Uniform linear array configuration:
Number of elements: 48
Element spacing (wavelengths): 0.75
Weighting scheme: hamming
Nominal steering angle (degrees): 30
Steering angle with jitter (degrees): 28.513
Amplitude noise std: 0.05
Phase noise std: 0.05

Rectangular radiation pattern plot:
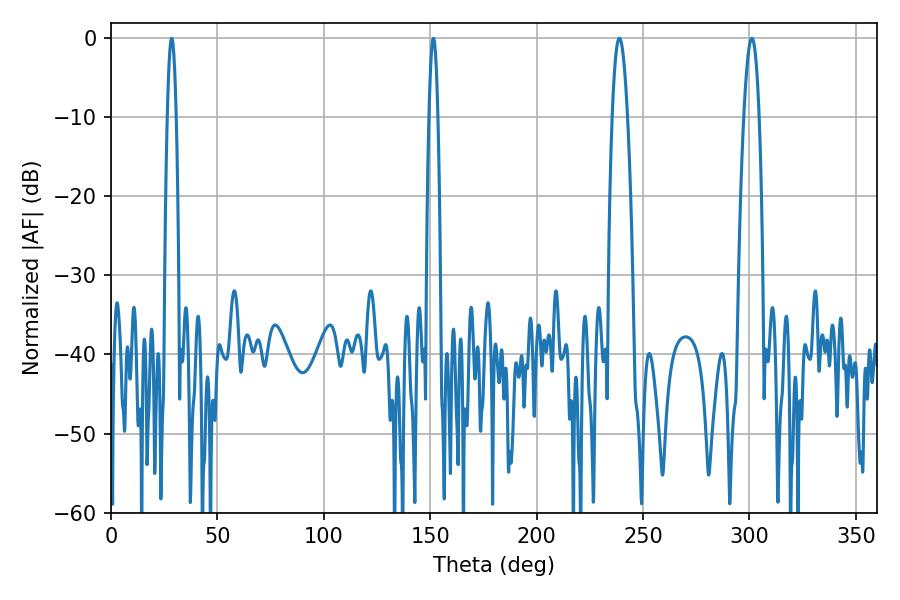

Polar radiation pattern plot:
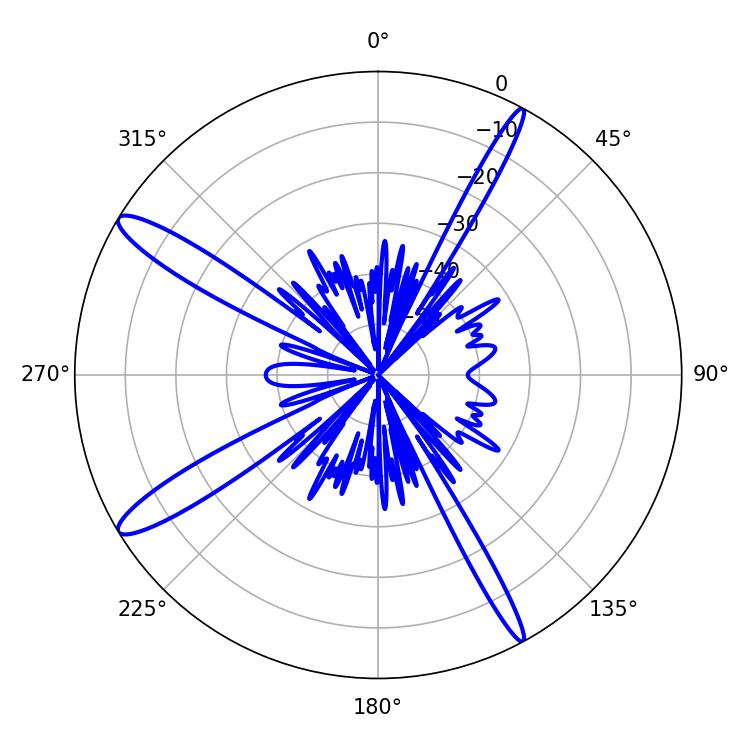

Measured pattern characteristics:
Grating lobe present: TRUE
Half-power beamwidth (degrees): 3.78
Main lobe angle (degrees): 301.14